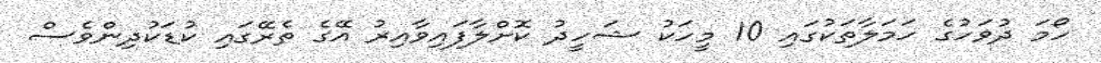
ހޯމަ ދުވަހުގެ ހަމަލާތަކުގައި 10 މީހަކު ޝަހީދު ކޮށްލާފައިވާއިރު އޭގެ ތެރޭގައި ކުޑަކުދިންވެސް